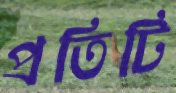
প্রতিটি